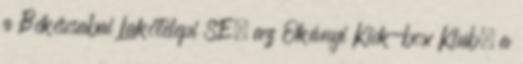
a Békéscsabai Lakótelepi SE, az Okányi Kick-box Klub, a